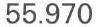
55.970